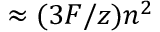
\approx ( 3 F / z ) n ^ { 2 }